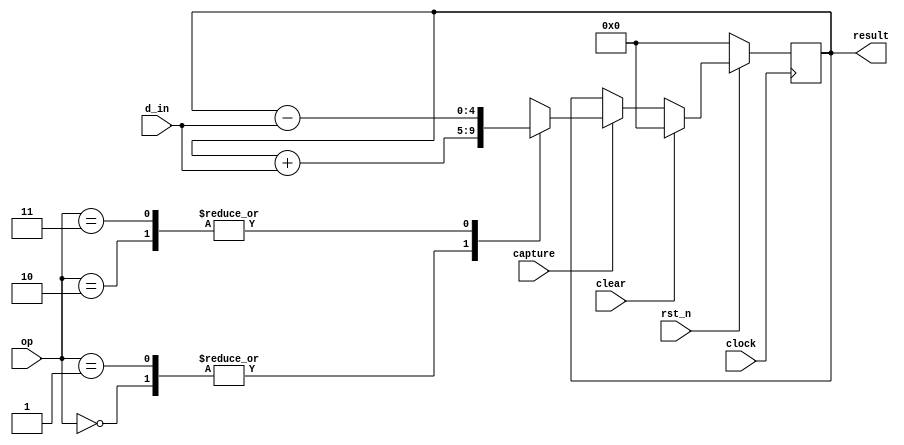
module dp_proc (
  input rst_n, clock,
  input [3:0] d_in,
  input capture,
  input [1:0] op,
  input clear,
  output reg [4:0] result
);

  always @( posedge clock )
    if( !rst_n )
      result <= 0;
    else
      if( clear )
        result <= 0;
      else
        if( capture )
          case( op )
            2'b00 : result <= result + d_in;
            2'b01 : result <= result + d_in;
            2'b10 : result <= result - d_in;
            2'b11 : result <= result - d_in;
            default : result <= result;
          endcase
        else
          result <= result;

endmodule